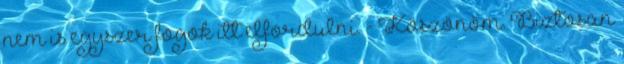
nem is egyszer fogok itt elfordulni. - Köszönöm. Biztosan